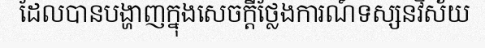
ដែលបានបង្ហាញក្នុងសេចក្តីថ្លែងការណ៍ទស្សនវិស័យ